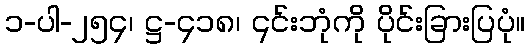
၁-ပါ-၂၅၄၊ ဋ္ဌ-၄၁၈၊ ၎င်းဘုံကို ပိုင်းခြားပြပုံ။